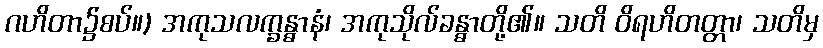
ဂဟိတာ၌စပ်။) အကုသလက္ခန္ဓာနံ၊ အကုသိုလ်ခန္ဓာတို့၏။ သတိ ဝိရဟိတတ္တာ၊ သတိမှ